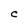
Character: C